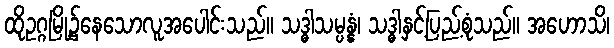
ထိုဥဂ္ဂမြို့၌နေသောလူအပေါင်းသည်။ သဒ္ဓါသမ္ပန္နံ၊ သဒ္ဓါနှင့်ပြည့်စုံသည်။ အဟောသိ၊